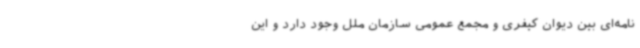
‌نامه‌ای بین دیوان کیفری و مجمع عمومی سازمان ملل وجود دارد و این